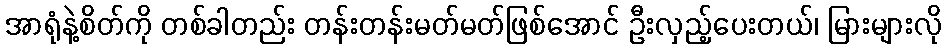
အာရုံနဲ့စိတ်ကို တစ်ခါတည်း တန်းတန်းမတ်မတ်ဖြစ်အောင် ဦးလှည့်ပေးတယ်၊ မြားများလို